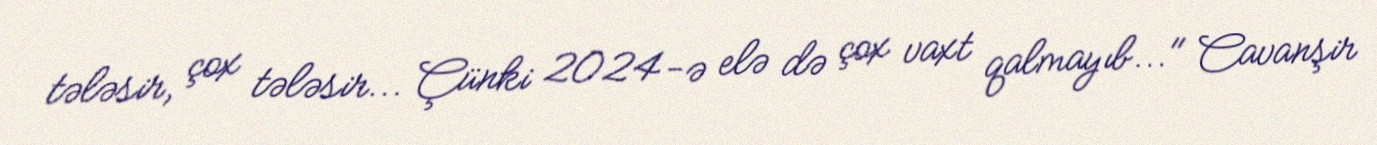
tələsir, çox tələsir... Çünki 2024-ə elə də çox vaxt qalmayıb..." Cavanşir